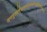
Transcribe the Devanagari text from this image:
जगदुत्पत्तिपालनसंहारकतृभिर्ब्रह्मविष्णुमहेशरूपसेव्यमाना